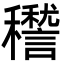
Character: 䆌